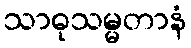
သာဓုသမ္မတာနံ